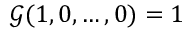
\mathcal { G } ( 1 , 0 , \dots , 0 ) = 1